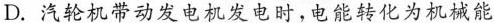
D.汽轮机带动发电机发电时，电能转化为机械能